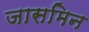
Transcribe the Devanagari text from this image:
जासमिन